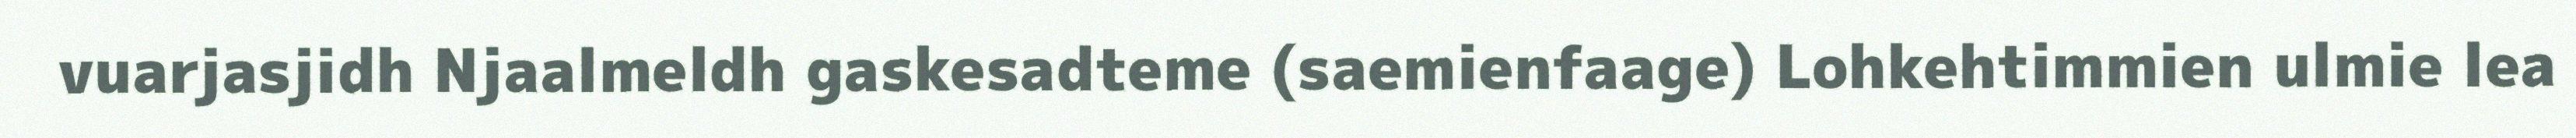
vuarjasjidh Njaalmeldh gaskesadteme (saemienfaage) Lohkehtimmien ulmie lea